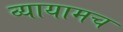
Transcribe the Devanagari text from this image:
व्यायामच